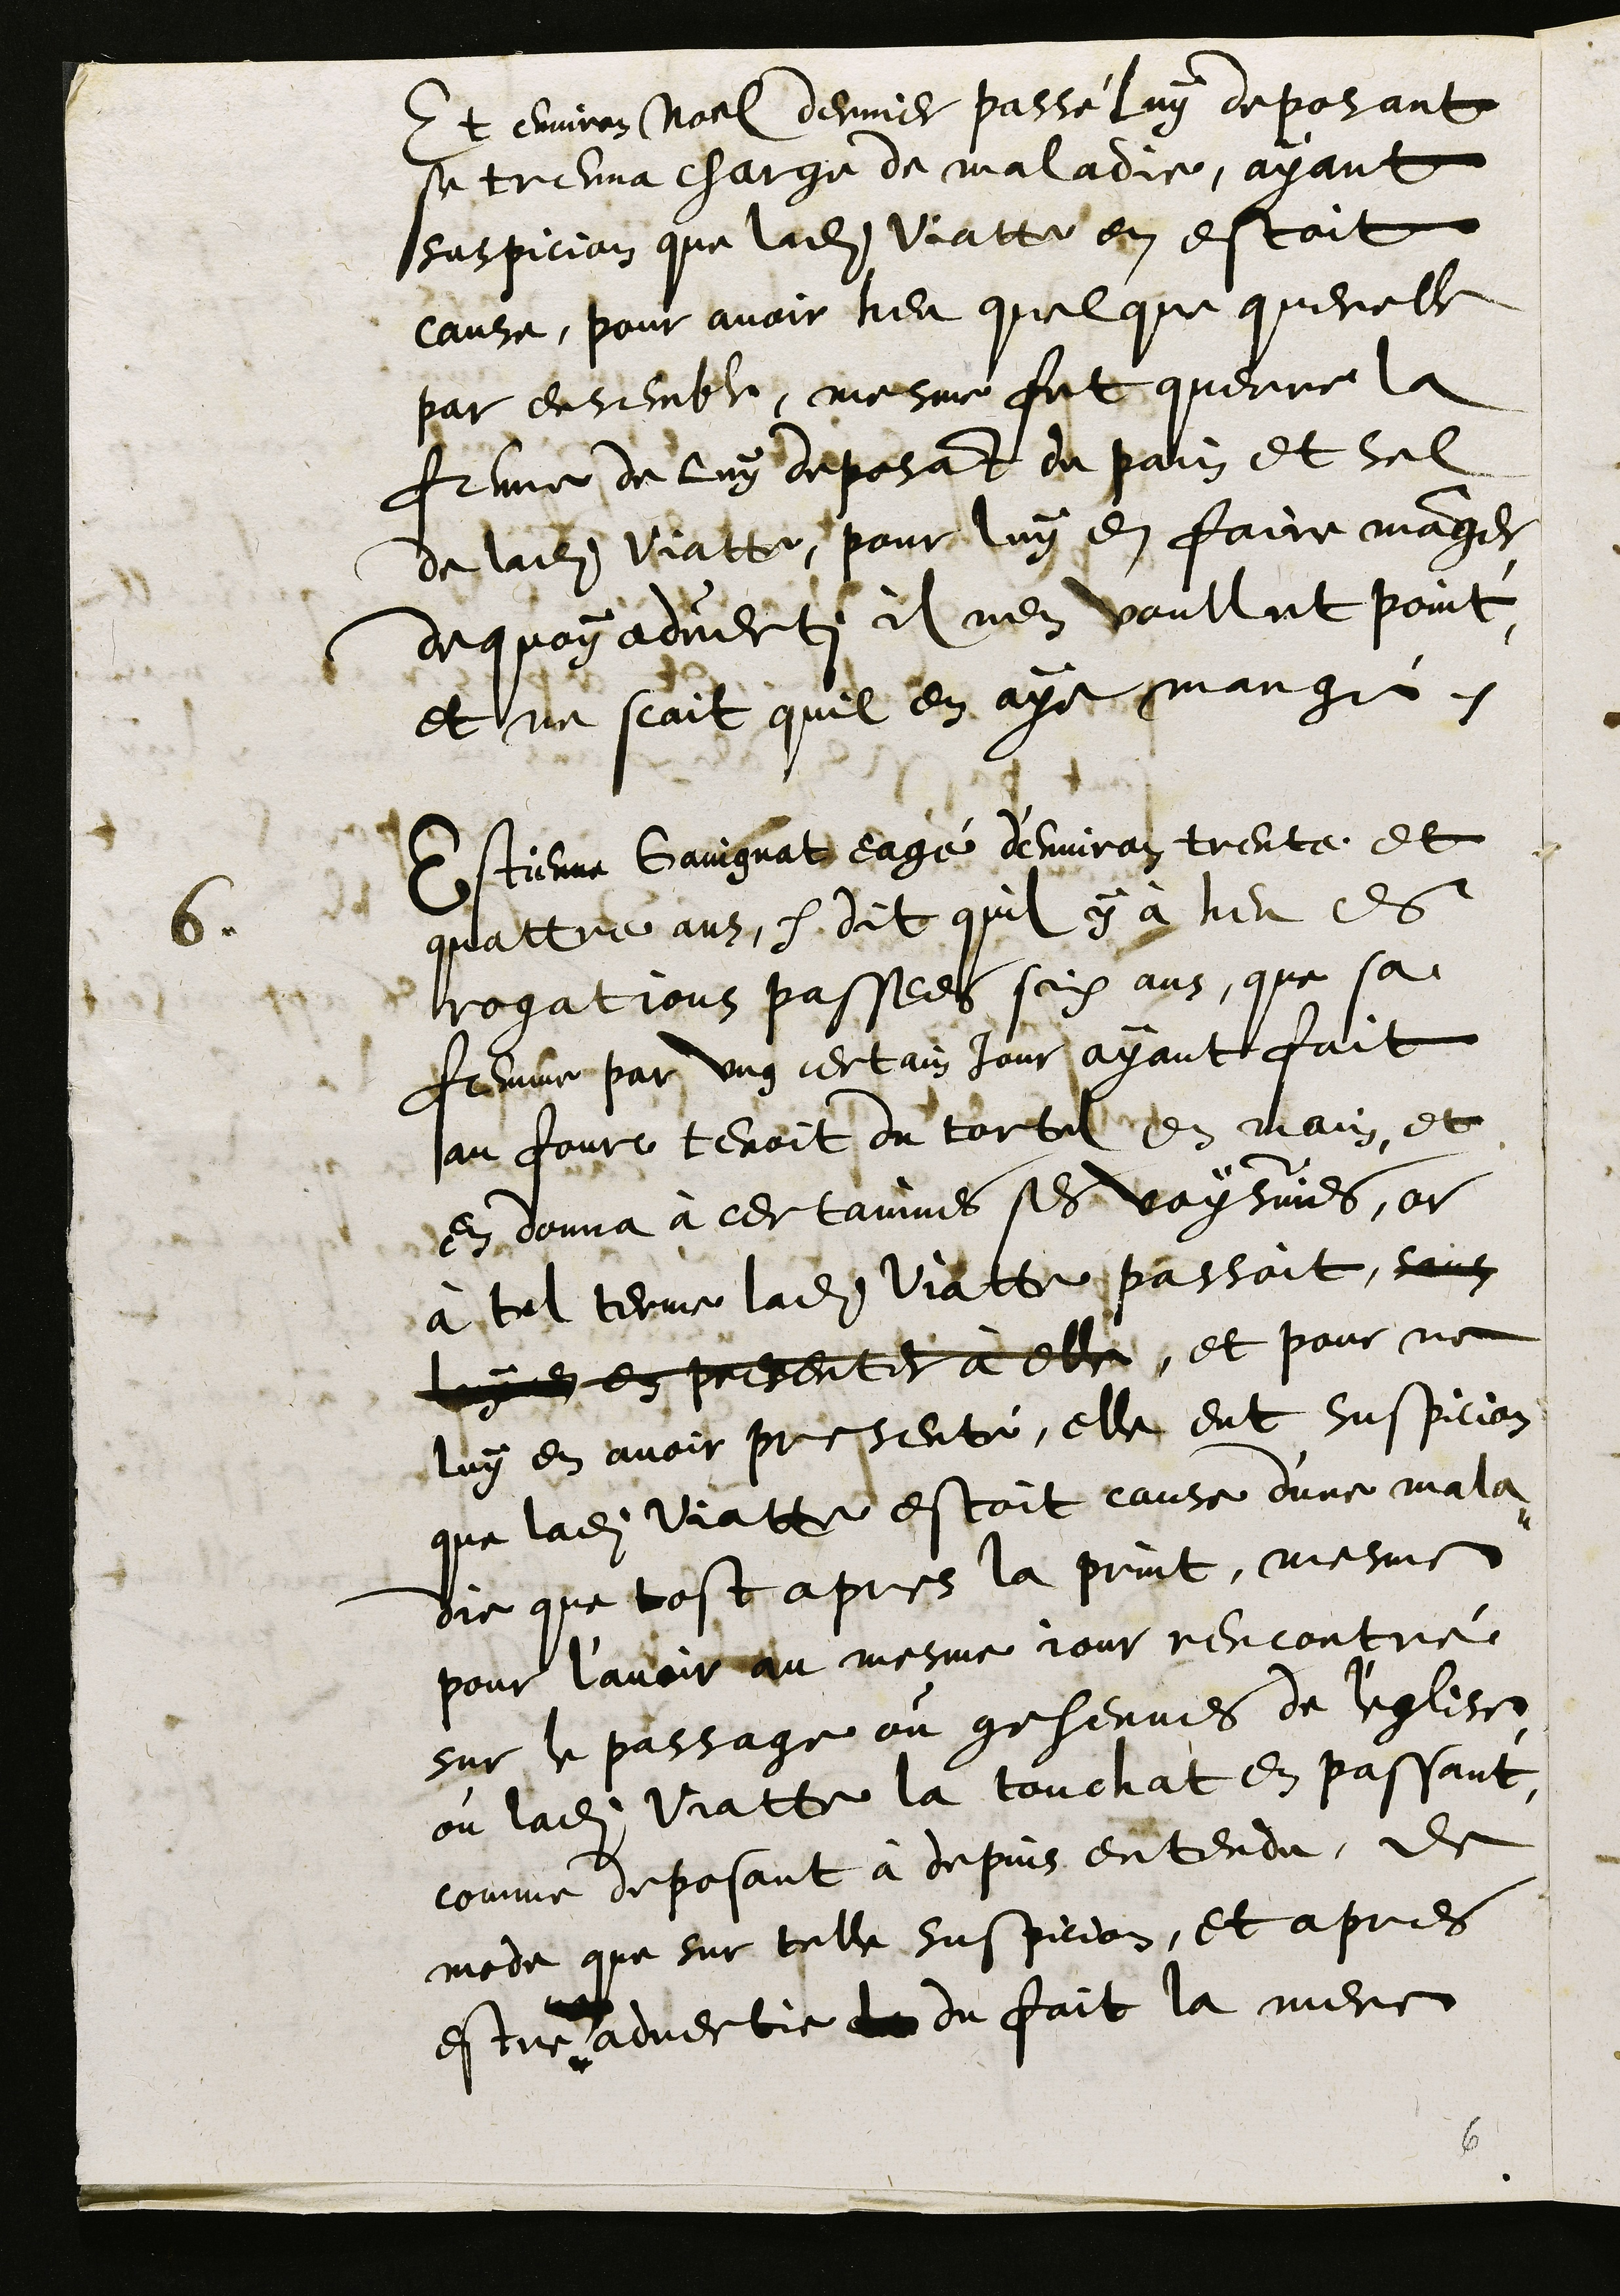
Et environ Noel dernier passé luy deposant
se treuva charge de maladie, ayant
suspicion que ladite Viatte en estoit
cause, pour avoir heu quelque querelle
par ensemble, mesme fut querre la
femme de luy deposant du pain et sel
de ladite Viatte, pour luy en faire manger,
dequoy adverti il nen voullut point,
et ne scait quil en aye mangé.
6
Estienne Gaingnat, eagé d'environ trente et
quattre ans dit quil y a heu es
rogations passees six ans, que sa
femme par ung certain jour ayant fait
au fourc tenoit du tortel en main, et
en donna à certainnes ses voysinnes, or
à tel terme ladite Viatte passoit, sans
luy en en presenter à elle, et pour ne
luy en avoir presenté, elle eut suspicion
que ladite Viatte estoit cause d'une mala¬
die que tost apres la print, mesme
pour l'avoir du mesme jour rencontré
sur le passage ou gehennes de l'eglise,
ou ladite Viatte la touchat en passant,
comme deposant à depuis entendu, de
mode que sur telle suspicion, et apres
estre advertie de du fait la mere

6